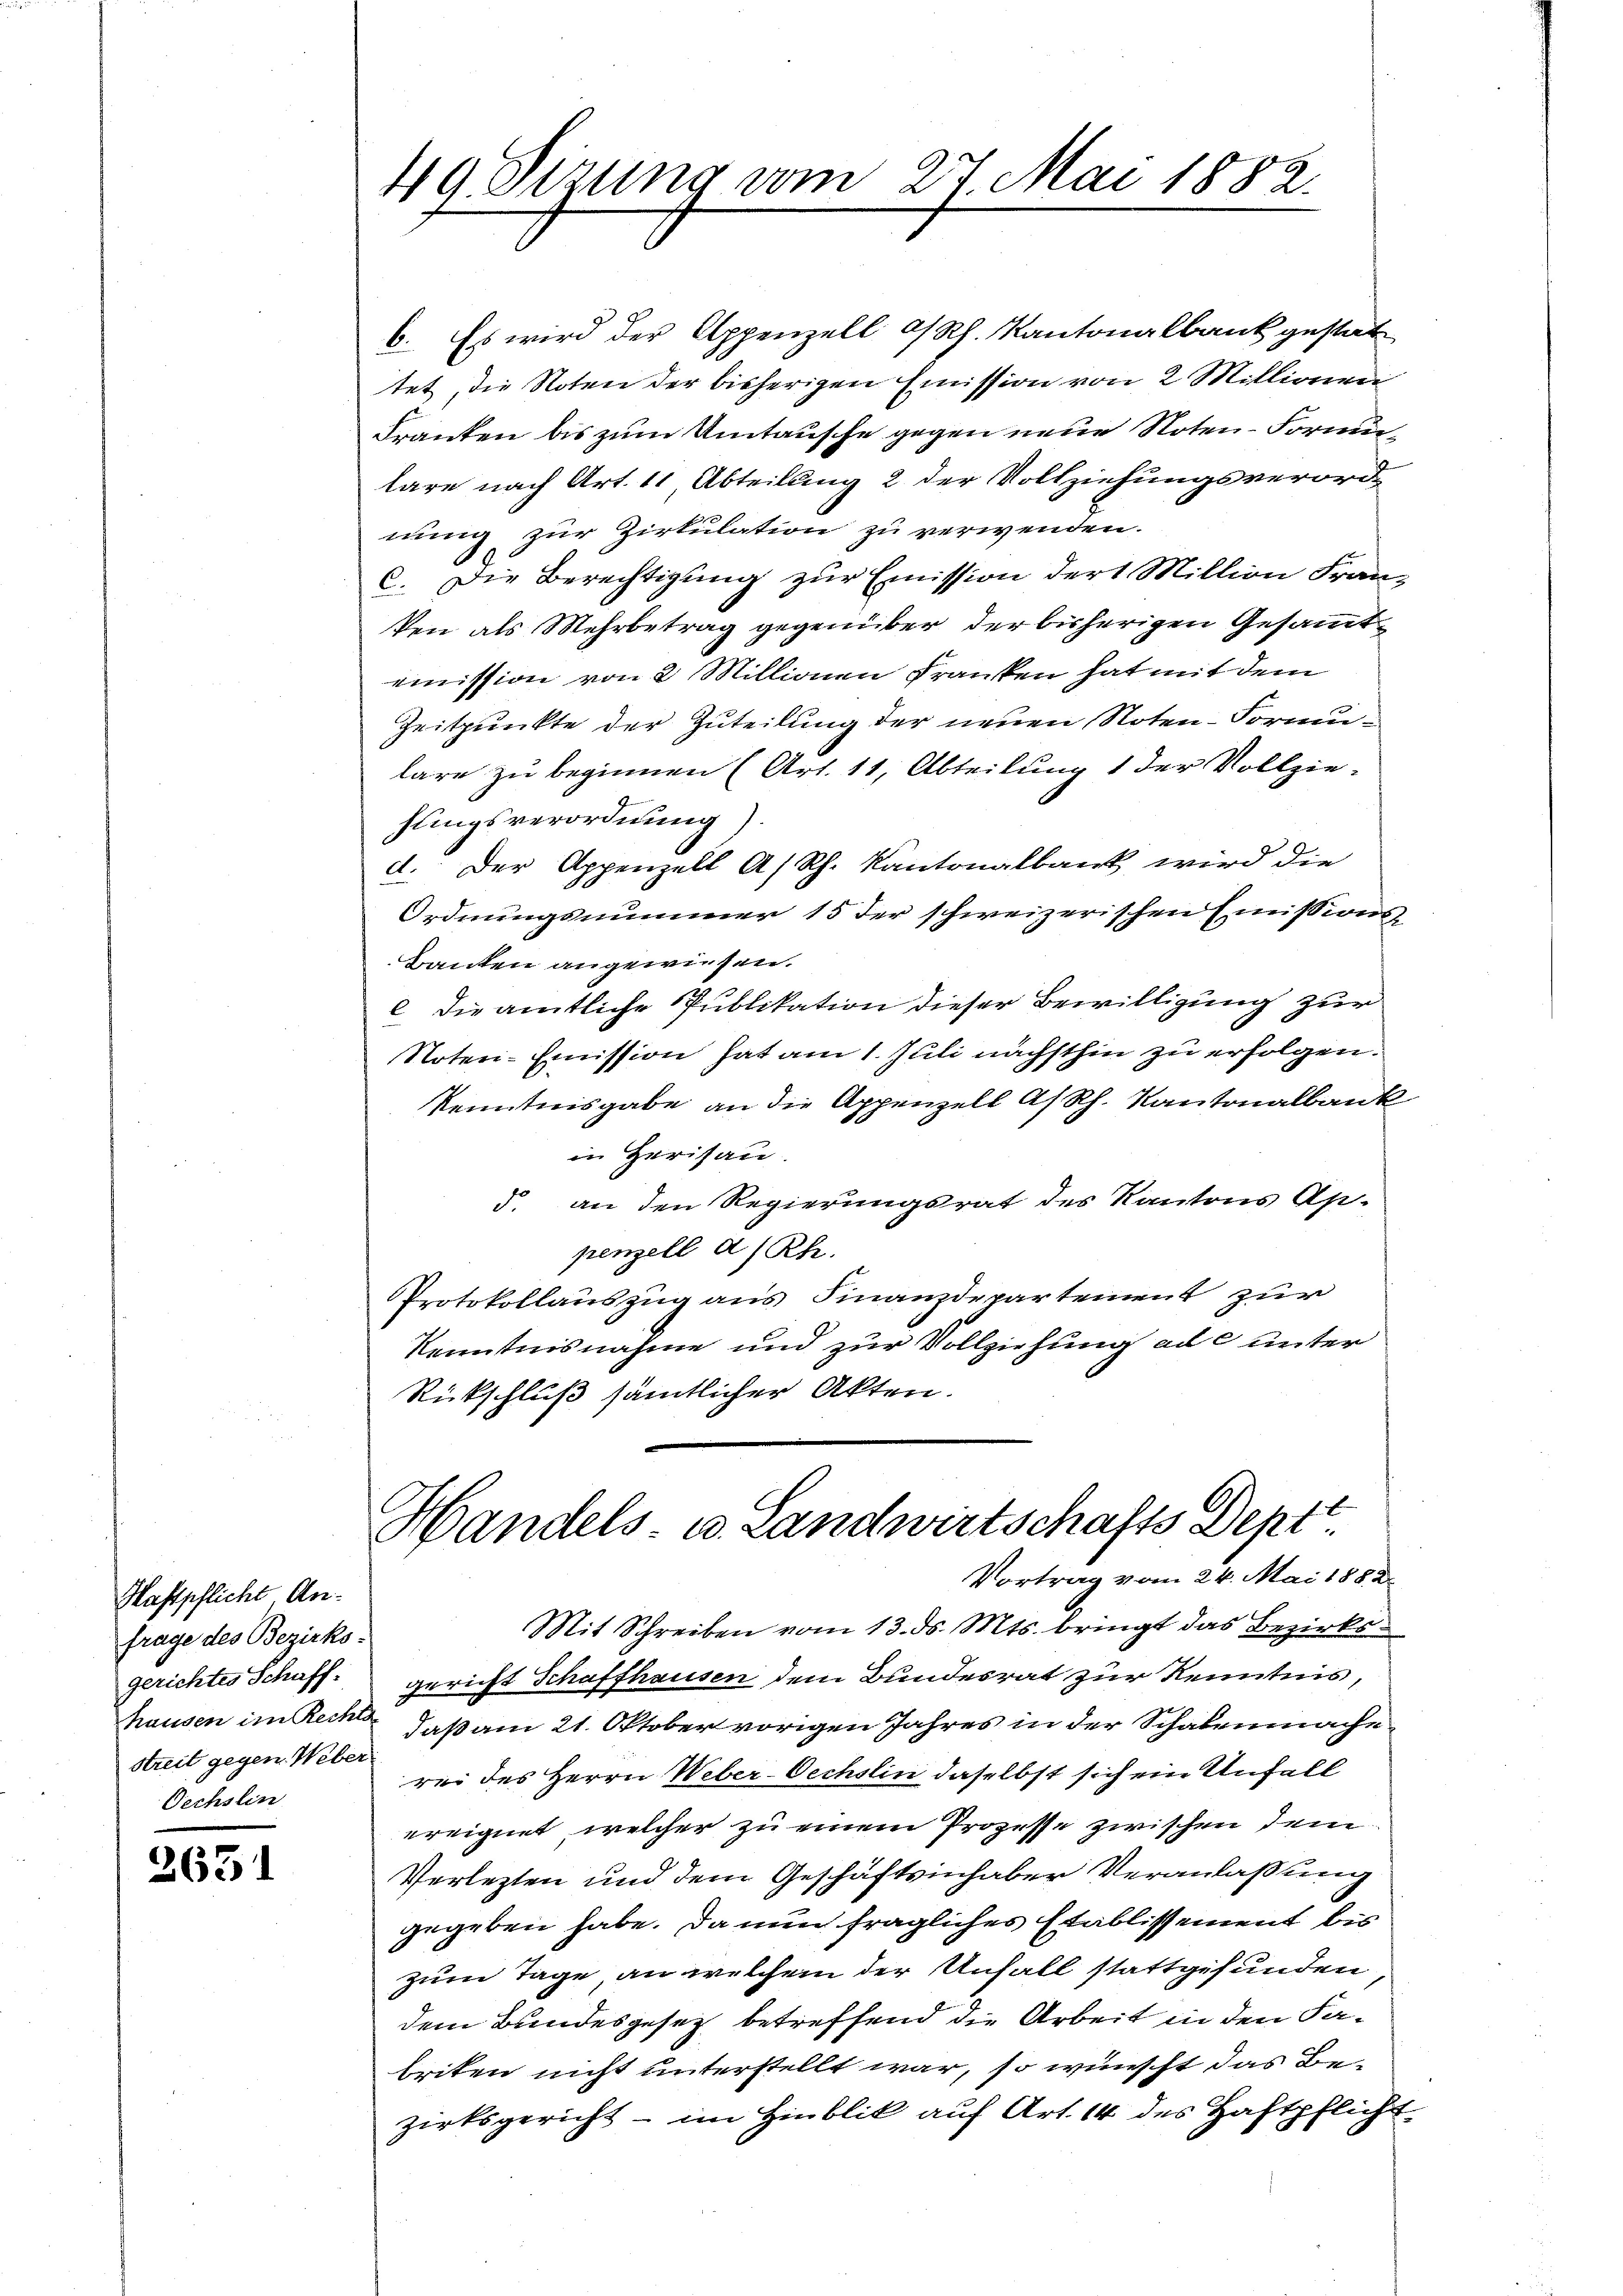
Haftpflicht Anfrage des Bezirks-
gerichtes Schaff-
hausen im Rechts
Streit gegen Weber
Oechslin

2631

49 Sizung vom 27. Mai 1882.

6. Es wird der Appenzell a/Rh. Kantonalbank gestat
tet, die Noten der bisherigen Emission von 2 Millionen
Franken bis zum Umtausche gegen neue Noten-Formunlare nach Art. 11 Abteilung 2 der Vollziehungsverord-
nung zur Zirkulation zu verwenden.
c. Die Berechtigung zur Emission der Million Franz
ken als Mehrbetrag gegenüber der bisherigen Gesammtommission von 2 Millionen Franken hat mit dem
Zeitpunkte der Zuteilung der neuen Noten-Formulare zu beginnen (Art. 11, Abteilung 1 der Vollziefungsverordnung).
d. Der Appenzell A/Rh. Kantonalbank wird die
Ordnungsnummer 15 der schweizerischen Emissions
Banken angewiesen.
e. Die amtliche Publikation dieser Bewilligung zur
Noten-Emission hat am 1. Juli nächsthin zu erfolgen.
Kenntnisgabe an die Appenzell A/Rh. Kantonalbank
in Herisau.
§. an den Regierungsrat des Kantons Ap.
penzell a/Rh.
Protokollauszug aus Finanzdepartement zur
Kenntnisnahme und zur Vollziehung ad c unter
Rückschluß sämtlicher Akten.
Handels- u. Landwirtschafts Deptt.
Vortrag vom 24. Mai 1882.
Mit Schreiben vom 13. ds. Mts. bringt das Bezirksgericht Schaffhausen dem Bundesrat zur Kenntnis,
daß am 21. Oktober vorigen Jahres in der Schalenmache
rei des Herrn Weber-Oechslin daselbst sich ein Unfall
ereignet, welcher zu einem Prozesse zwischen dem
Verletzten und dem Geschäftsinhaber Veranlaßung
gegeben habe. Da nun fragliches Etablissement bis
zum Tage, an welchem der Unfall stattgefunden
dem Bundesgesetz betreffend die Arbeit in den Fabriken nicht unterstellt war, so wünscht das Bezirksgericht - im Hinblik auf Art. 14 des Haftpflicht¬